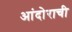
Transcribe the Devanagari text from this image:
आंदोराची